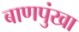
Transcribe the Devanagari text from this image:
बाणपुंखा